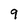
Character: 9